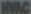
HVAC